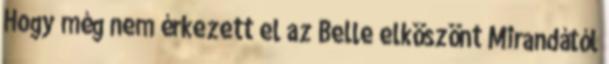
Hogy még nem érkezett el az Belle elköszönt Mirandától